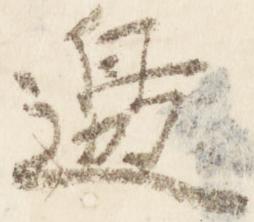
辺